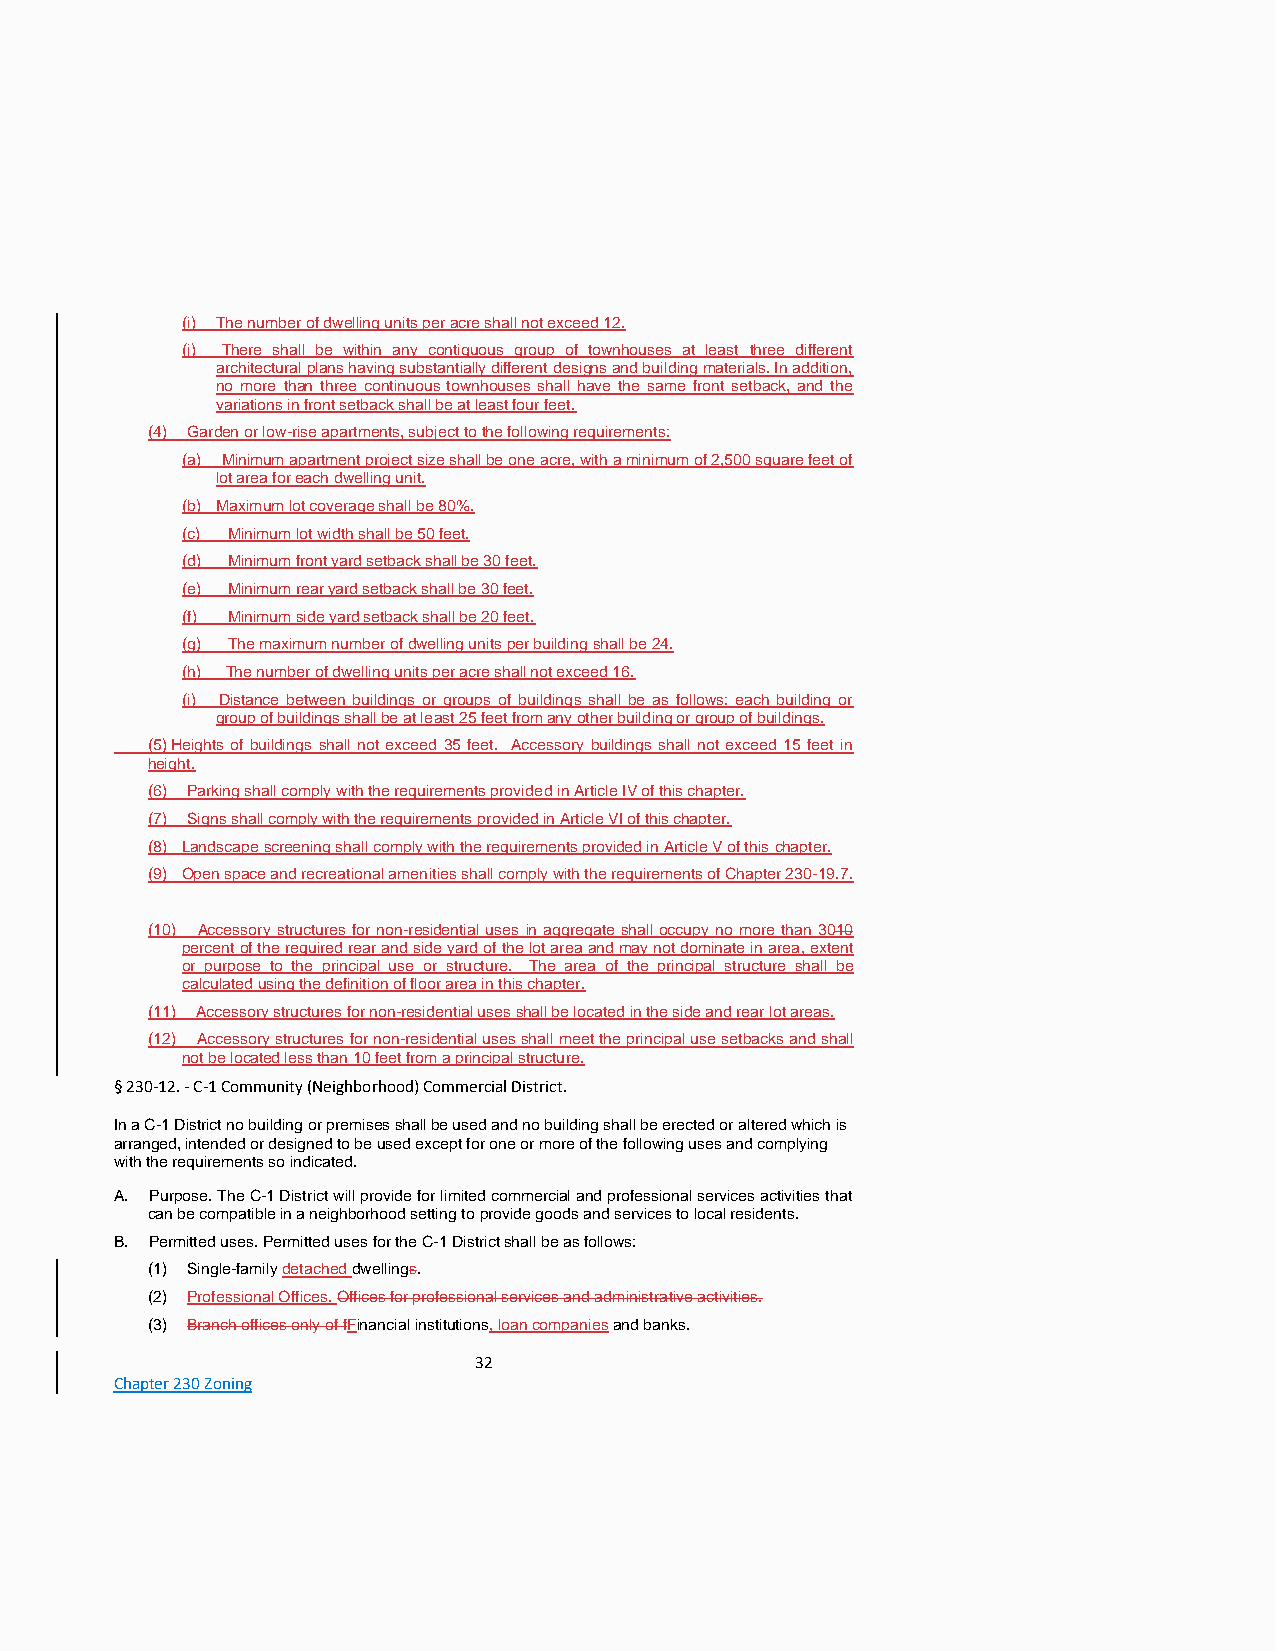
(i) The number of dwelling units per acre shall not exceed 12.
 (j) There shall be within any contiguous group of townhouses at least three different
 architectural plans having substantially different designs and building materials. In addition,
 no more than three continuous townhouses shall have the same front setback, and the
 variations in front setback shall be at least four feet.
 (4) Garden or low-rise apartments, subject to the following requirements:
 (a) Minimum apartment project size shall be one acre, with a minimum of 2,500 square feet of
 lot area for each dwelling unit.
 (b) Maximum lot coverage shall be 80%.
 (c) Minimum lot width shall be 50 feet.
 (d) Minimum front yard setback shall be 30 feet.
 (e) Minimum rear yard setback shall be 30 feet.
 (f) Minimum side yard setback shall be 20 feet.
 (g) The maximum number of dwelling units per building shall be 24.
 (h) The number of dwelling units per acre shall not exceed 16.
 (i) Distance between buildings or groups of buildings shall be as follows: each building or
 group of buildings shall be at least 25 feet from any other building or group of buildings.
 (5) Heights of buildings shall not exceed 35 feet. Accessory buildings shall not exceed 15 feet in
 height.
 (6) Parking shall comply with the requirements provided in Article IV of this chapter.
 (7) Signs shall comply with the requirements provided in Article VI of this chapter.
 (8) Landscape screening shall comply with the requirements provided in Article V of this chapter.
 (9) Open space and recreational amenities shall comply with the requirements of Chapter 230-19.7.
 (10) Accessory structures for non-residential uses in aggregate shall occupy no more than 3010
 percent of the required rear and side yard of the lot area and may not dominate in area, extent
 or purpose to the principal use or structure. The area of the principal structure shall be
 calculated using the definition of floor area in this chapter.
 (11) Accessory structures for non-residential uses shall be located in the side and rear lot areas.
 (12) Accessory structures for non-residential uses shall meet the principal use setbacks and shall
 not be located less than 10 feet from a principal structure.
 § 230-12. - C-1 Community (Neighborhood) Commercial District.
 In a C-1 District no building or premises shall be used and no building shall be erected or altered which is
 arranged, intended or designed to be used except for one or more of the following uses and complying
 with the requirements so indicated.
 A. Purpose. The C-1 District will provide for limited commercial and professional services activities that
 can be compatible in a neighborhood setting to provide goods and services to local residents.
 B. Permitted uses. Permitted uses for the C-1 District shall be as follows:
 (1) Single-family detached dwellings.
 (2) Professional Offices. Offices for professional services and administrative activities.
 (3) Branch offices only of fFinancial institutions, loan companies and banks.
 32
 Chapter 230 Zoning